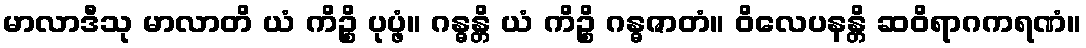
မာလာဒီသု မာလာတိ ယံ ကိဉ္စိ ပုပ္ဖံ။ ဂန္ဓန္တိ ယံ ကိဉ္စိ ဂန္ဓဇာတံ။ ဝိလေပနန္တိ ဆဝိရာဂကရဏံ။